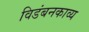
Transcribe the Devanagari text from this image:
विडंबनकाव्य